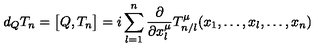
d _ { Q } T _ { n } = \bigl [ Q , T _ { n } \bigr ] = i \sum _ { l = 1 } ^ { n } \frac { \partial } { \partial x _ { l } ^ { \mu } } T _ { n / l } ^ { \mu } ( x _ { 1 } , \ldots , x _ { l } , \ldots , x _ { n } )